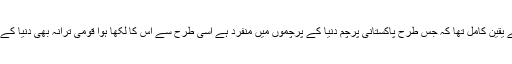
حفیظ جالندھری نے جب اس قومی ترانے کو تخلیق کیا تھا تو یقیناً اسے یقین کامل تھا کہ جس طرح پاکستانی پرچم دنیا کے پرچموں میں منفرد ہے اسی طرح سے اس کا لکھا ہوا قومی ترانہ بھی دنیا کے قومی ترانوں میں منفرد مقام کا حامل ہو گا اور یہ بات سچ ثابت ہوئی۔